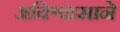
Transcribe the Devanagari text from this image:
अविश्वासाने